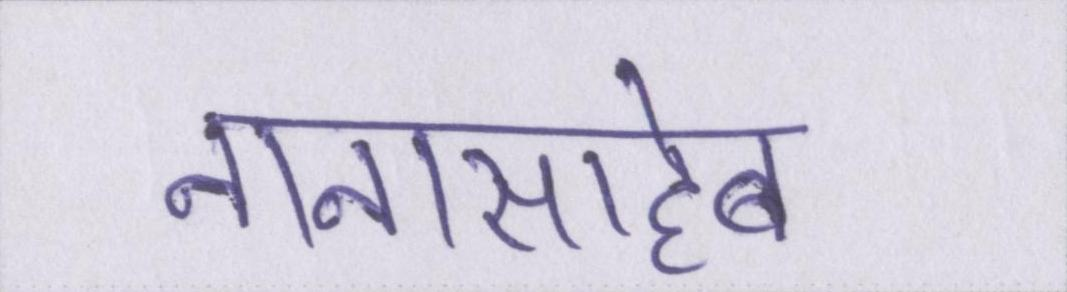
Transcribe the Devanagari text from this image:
नानासाहेब